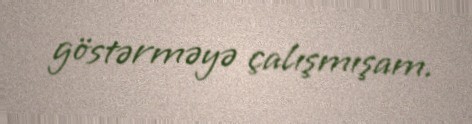
göstərməyə çalışmışam.